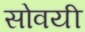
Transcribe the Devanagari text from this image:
सोवयी